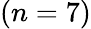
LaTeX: (n=7)